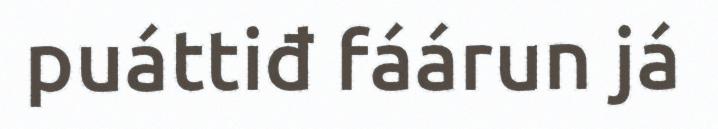
puáttiđ fáárun já